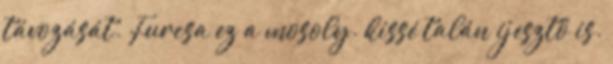
távozását. Furcsa ez a mosoly. kissé talán ijesztő is.